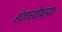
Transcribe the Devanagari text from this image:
शेजारतीपर्यंत